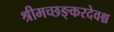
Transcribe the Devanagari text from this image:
श्रीमच्छङ्करदेवश्च